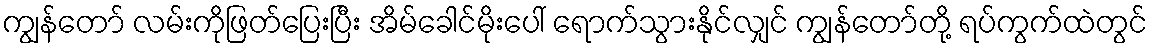
ကျွန်တော် လမ်းကိုဖြတ်ပြေးပြီး အိမ်ခေါင်မိုးပေါ် ရောက်သွားနိုင်လျှင် ကျွန်တော်တို့ ရပ်ကွက်ထဲတွင်